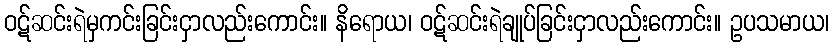
ဝဋ်ဆင်းရဲမှကင်းခြင်းငှာလည်းကောင်း။ နိရောယ၊ ဝဋ်ဆင်းရဲချုပ်ခြင်းငှာလည်းကောင်း။ ဥပသမာယ၊